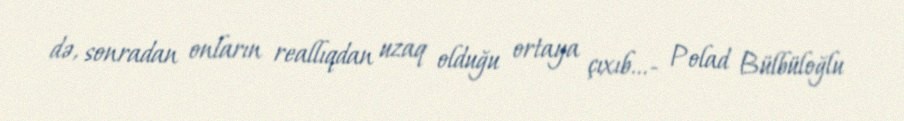
də, sonradan onların reallıqdan uzaq olduğu ortaya çıxıb...- Polad Bülbüloğlu